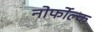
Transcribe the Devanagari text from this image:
नोर्फोल्क